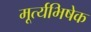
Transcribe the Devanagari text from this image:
मूर्त्यभिषेक